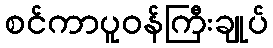
စင်ကာပူဝန်ကြီးချုပ်